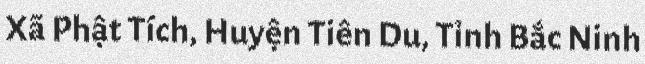
Xã Phật Tích, Huyện Tiên Du, Tỉnh Bắc Ninh